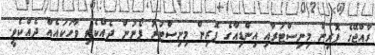
ރާއްޖޭގެ ފޮރިން މިނިސްޓަރާއި އިންޑިއާގެ ފޮރިން މިނިސްޓަރު ފޯނުން ދެއްކެވި ވާހަކައެއް ދެއްކެވީ.